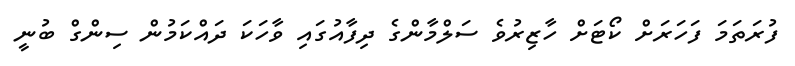
ފުރަތަމަ ފަހަރަށް ކޯޓަށް ހާޒިރުވެ ސަލްމާންގެ ދިފާއުގައި ވާހަކަ ދައްކަމުން ސިންގް ބުނީ